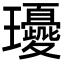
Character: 𤫘